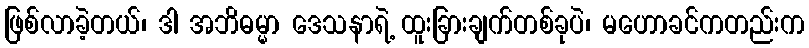
ဖြစ်လာခဲ့တယ်၊ ဒါ အဘိဓမ္မာ ဒေသနာရဲ့ ထူးခြားချက်တစ်ခုပဲ၊ မဟောခင်ကတည်းက